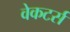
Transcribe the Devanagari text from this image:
वेकटर्स